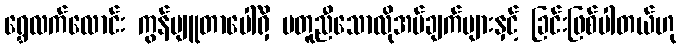
ရွှေလက်လောင်း ကွန်ပျူတာပေါ်ရှိ မတူညီသောလိုအပ်ချက်များနှင့် ခြင်းဖြစ်ပါတယ်ဟု